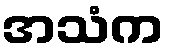
အသံက